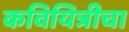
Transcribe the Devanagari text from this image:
कवियित्रीचा